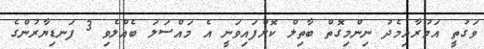
ވަގުތީ އަމުރާއިމެދު ނިންމިގޮތް ބާތިލް ކޮށްފައިވަނީ އެ މައްސަލަ ބެއްލެވި 3 ފަނޑިޔާރުންގެ